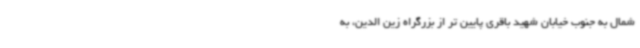
شمال به جنوب خیابان شهید باقری پایین تر از بزرگراه زین الدین، به